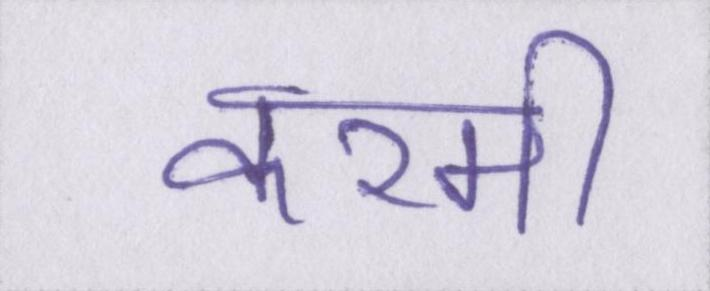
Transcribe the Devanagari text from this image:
करमी